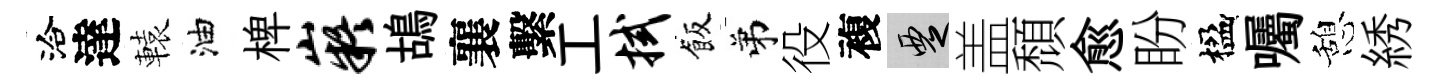
洽達轅油椑嶷鴣襄繫工拭飯弟役複覂盖頹愈盼楹囑憩綉